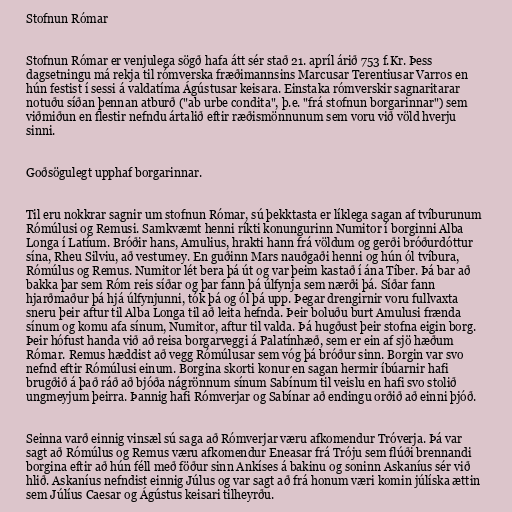
Stofnun Rómar

Stofnun Rómar er venjulega sögð hafa átt sér stað 21. apríl árið 753 f.Kr. Þess
dagsetningu má rekja til rómverska fræðimannsins Marcusar Terentiusar Varros en
hún festist í sessi á valdatíma Ágústusar keisara. Einstaka rómverskir sagnaritarar
notuðu síðan þennan atburð ("ab urbe condita", þ.e. "frá stofnun borgarinnar") sem
viðmiðun en flestir nefndu ártalið eftir ræðismönnunum sem voru við völd hverju
sinni.

Goðsögulegt upphaf borgarinnar.

Til eru nokkrar sagnir um stofnun Rómar, sú þekktasta er líklega sagan af tvíburunum
Rómúlusi og Remusi. Samkvæmt henni ríkti konungurinn Numitor í borginni Alba
Longa í Latíum. Bróðir hans, Amulius, hrakti hann frá völdum og gerði bróðurdóttur
sína, Rheu Silviu, að vestumey. En guðinn Mars nauðgaði henni og hún ól tvíbura,
Rómúlus og Remus. Numitor lét bera þá út og var þeim kastað í ána Tíber. Þá bar að
bakka þar sem Róm reis síðar og þar fann þá úlfynja sem nærði þá. Síðar fann
hjarðmaður þá hjá úlfynjunni, tók þá og ól þá upp. Þegar drengirnir voru fullvaxta
sneru þeir aftur til Alba Longa til að leita hefnda. Þeir boluðu burt Amulusi frænda
sínum og komu afa sínum, Numitor, aftur til valda. Þá hugðust þeir stofna eigin borg.
Þeir hófust handa við að reisa borgarveggi á Palatínhæð, sem er ein af sjö hæðum
Rómar. Remus hæddist að vegg Rómúlusar sem vóg þá bróður sinn. Borgin var svo
nefnd eftir Rómúlusi einum. Borgina skorti konur en sagan hermir íbúarnir hafi
brugðið á það ráð að bjóða nágrönnum sínum Sabínum til veislu en hafi svo stolið
ungmeyjum þeirra. Þannig hafi Rómverjar og Sabínar að endingu orðið að einni þjóð.

Seinna varð einnig vinsæl sú saga að Rómverjar væru afkomendur Tróverja. Þá var
sagt að Rómúlus og Remus væru afkomendur Eneasar frá Tróju sem flúði brennandi
borgina eftir að hún féll með föður sinn Ankíses á bakinu og soninn Askaníus sér við
hlið. Askaníus nefndist einnig Júlus og var sagt að frá honum væri komin júlíska ættin
sem Júlíus Caesar og Ágústus keisari tilheyrðu.